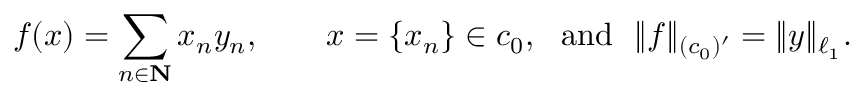
f ( x ) = \sum _ { n \in \mathbf { N } } x _ { n } y _ { n } , \qquad x = \{ x _ { n } \} \in c _ { 0 } , \ \ { \mathrm { a n d } } \ \ \| f \| _ { ( c _ { 0 } ) ^ { \prime } } = \| y \| _ { \ell _ { 1 } } .